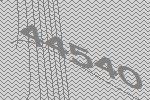
44540